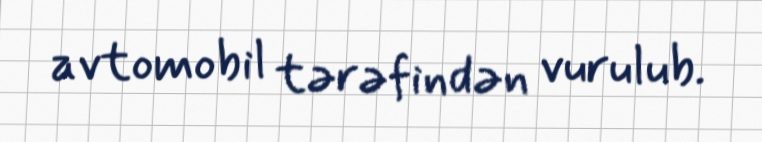
avtomobil tərəfindən vurulub.